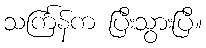
သင်္ကြန်က ပြီးသွားပြီ။